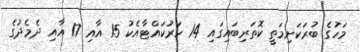
މަހުގެ ބުރަކަށިމަތީ ކޮތަރިބައިގައި 14 ހަރުކައްޓާއެކު 15 އާއި 17 އާއި ދެމެދުގެ